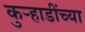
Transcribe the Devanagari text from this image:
कुऱ्हाडींच्या